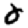
Digit: 0